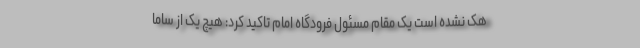
هک نشده‌ است یک مقام مسئول فرودگاه امام تاکید کرد: هیچ یک از ساما